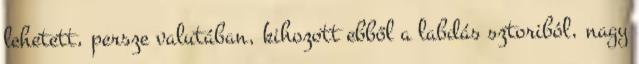
lehetett, persze valutában, kihozott ebből a labdás sztoriból, nagy